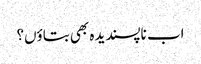
اب ناپسندیدہ بھی بتاؤں؟